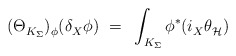
\begin{align*} (\Theta_{K_\Sigma}^{})_\phi^{}(\delta_X^{} \phi)~ =~\int_{K_\Sigma} \phi^* (i_X^{} \theta_{\mathcal{H}}^{\vphantom{j}})\end{align*}